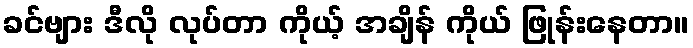
ခင်ဗျား ဒီလို လုပ်တာ ကိုယ့် အချိန် ကိုယ် ဖြုန်းနေတာ။